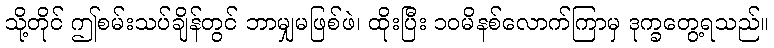
သို့တိုင် ဤစမ်းသပ်ချိန်တွင် ဘာမျှမဖြစ်ဖဲ၊ ထိုးပြီး ၁၀မိနစ်လောက်ကြာမှ ဒုက္ခတွေ့ရသည်။